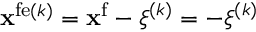
{ \bf x } ^ { \mathrm { f e } ( k ) } = { \bf x } ^ { \mathrm { f } } - \boldsymbol \xi ^ { ( k ) } = - \boldsymbol \xi ^ { ( k ) }